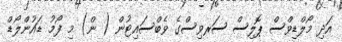
އަދި މޯލްޑިވްސް ޕޮލިސް ސަރވިސްގެ ވެބްސައިޓުން ( ން) މި ފޯމު ޑައުންލޯޑް